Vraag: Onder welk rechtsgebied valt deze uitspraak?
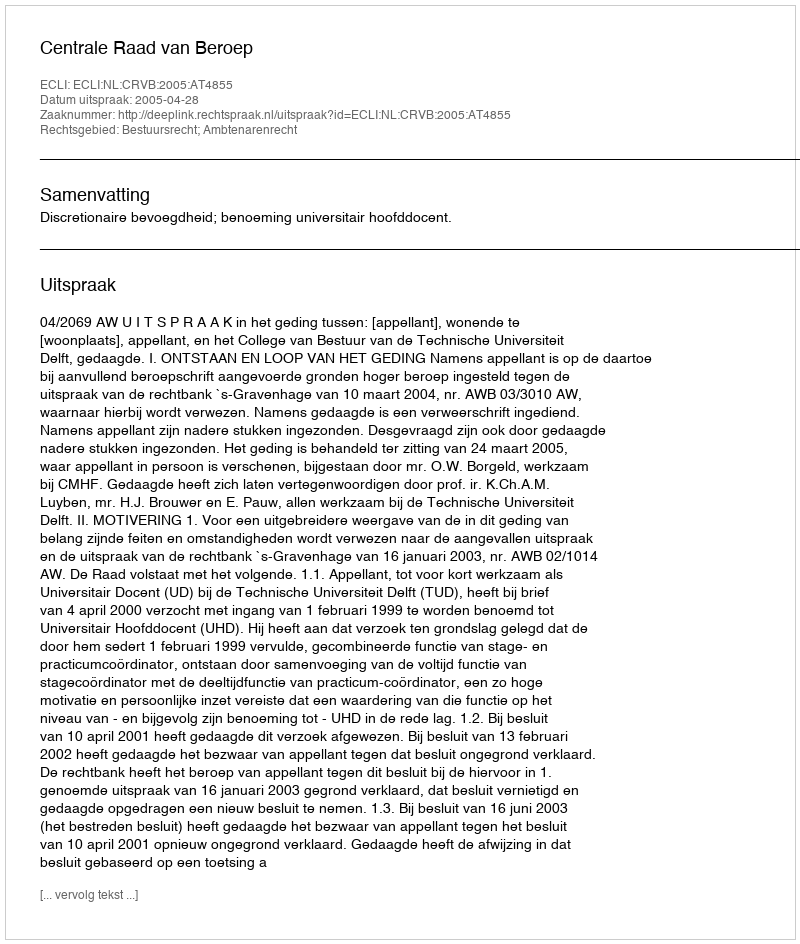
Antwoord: Bestuursrecht; Ambtenarenrecht